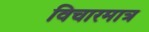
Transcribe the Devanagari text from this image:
विचारमात्र